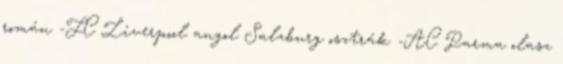
román -FC Liverpool angol Salzburg osztrák -AC Parma olasz